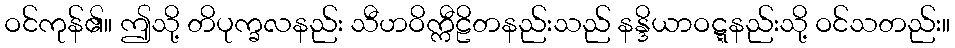
ဝင်ကုန်၏။ ဤသို့ တိပုက္ခလနည်း သီဟဝိက္ကီဠိတနည်းသည် နန္ဒိယာဝဋ္ဋနည်းသို့ ဝင်သတည်း။